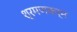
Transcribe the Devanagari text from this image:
श्रमणकर्म